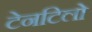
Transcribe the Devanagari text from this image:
टेनटिलो